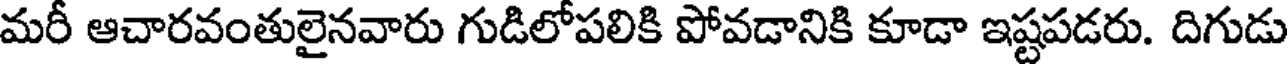
మరీ ఆచారవంతులైనవారు గుడిలోపలికి పోవడానికి కూడా ఇష్టపడరు. దిగుడు